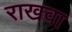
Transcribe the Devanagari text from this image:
राखवा